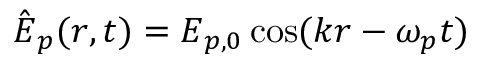
\hat { \boldsymbol E } _ { p } ( r , t ) = \boldsymbol E _ { p , 0 } \cos ( \boldsymbol k \boldsymbol r - \omega _ { p } t )